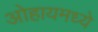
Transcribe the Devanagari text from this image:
ओहायमध्ये